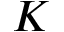
K